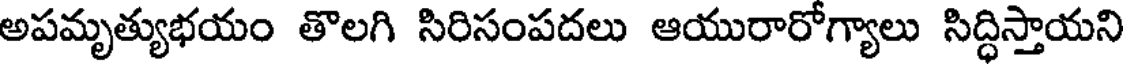
అపమృత్యుభయం తొలగి సిరిసంపదలు ఆయురారోగ్యాలు సిద్ధిస్తాయని